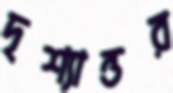
দৃশ্যান্তর